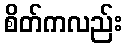
စိတ်ကလည်း